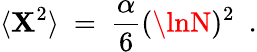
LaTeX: \langle\mathbf{X}^{2}\rangle~=~\frac{{\alpha}}{{6}}(\lnN)^{2}~~.